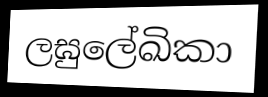
ලඝුලේඛිකා